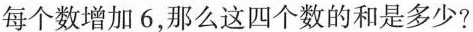
每个数增加6，那么这四个数的和是多少?